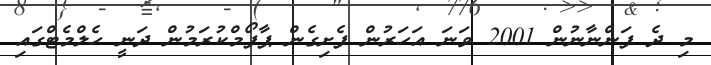
މި ދެ ފަންނާނުން 2001 ވަނަ އަހަރުން ފެށިގެން ޕާފޯމްކުރަމުން ދަނީ ހެލްމެޓްގައި